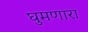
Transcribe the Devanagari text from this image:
घुमणारा